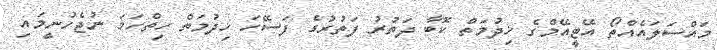
މައްސަލައެއްތޯ އޭޓީއޭމްގެ ޚިދުމަތް ކޮބާ ދަތުރު ފަތުރުގެ ފަސޭހަ ޚިދުމަތް ހިތްހަމަ ނުޖެހުނީމައި